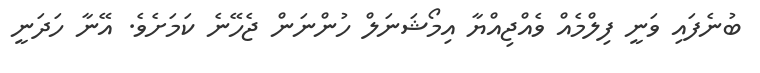
ބުނެފައި ވަނީ ފިލްމެއް ވެއްޖިއްޔާ އިމޯޝަނަލް ހުންނަން ޖެހޭނެ ކަމަށެވެ. އޭނާ ހަދަނީ